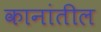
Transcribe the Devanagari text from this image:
कानांतील